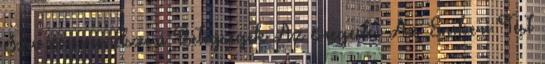
Szív és érrendszeri Betegségek Az öregedés Az Emberi Test